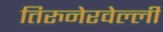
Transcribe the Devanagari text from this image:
तिरुनेरवेल्ली